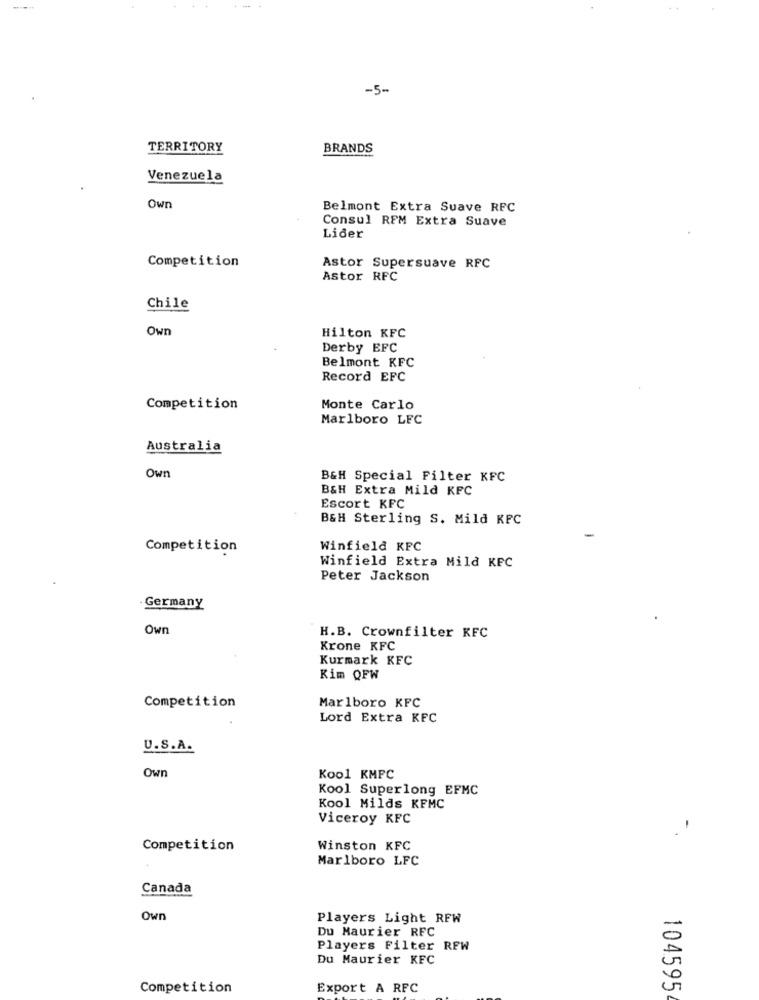
-5-
TERRITORY
BRANDS
Venezuela
Own
Belmont Extra Suave RFC
Consul REM Extra Suave
Lider
Competition
Astor Supersuave RFC
Astor RFC
Chile
Own
Hilton KFC
Derby EFC
Belmont KFC
Record EFC
Competition
Monte Carlo
Marlboro LFC
Australia
Own
B&H Special Filter KFC
B&H Extra Mild KFC
Escort KFC
B&H Sterling S. Mild KFC
Competition
Winfield KFC
Winfield Extra Mild KFC
Peter Jackson
Germany
Own
H.B. Crownfilter KFC
Krone KFC
Kurmark KFC
Kim QFW
Marlboro KFC
Competition
Lord Extra KFC
U.S.A.
Own
Kool KMPC
Kool Superlong EFMC
Kool Milds KFMC
Viceroy KFC
Competition
Winston KFC
Marlboro LFC
Canada
Own
Players Light REW
Du Maurier RFC
Players Filter REW
Du Maurier KFC
Competition
Export A RFC
104595